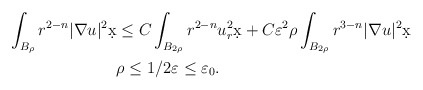
\begin{align*}\int_{B_{\rho}} r^{2-n} |\nabla u|^2 \d x & \leq C \int_{B_{2\rho}} r^{2-n} u_r^2 \d x + C \varepsilon^2 \rho \int_{B_{2\rho}} r^{3-n}|\nabla u|^2 \d x\\ & \rho \leq 1/2 \varepsilon \leq \varepsilon_0.\end{align*}